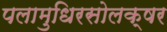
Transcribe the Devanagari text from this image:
पलामुधिरसोलक्षर